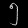
Digit: ၅